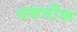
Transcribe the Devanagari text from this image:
बकबीक